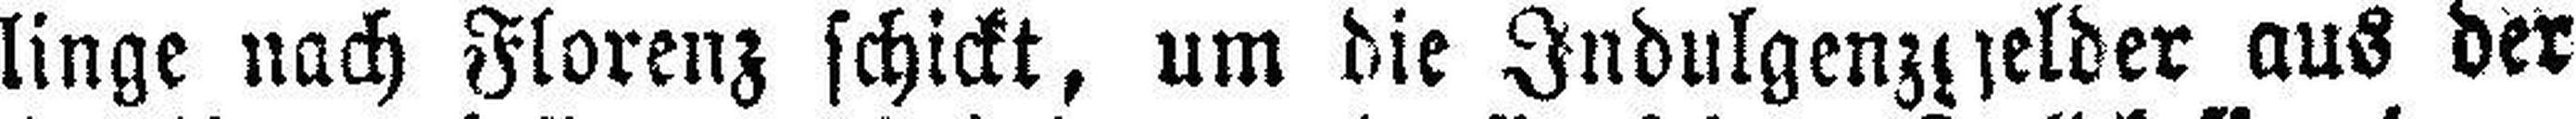
linge nach Florenz schickt, um die Indulgenzgelder aus der